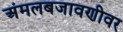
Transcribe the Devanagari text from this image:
अंमलबजावणीवर